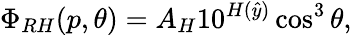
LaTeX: \Phi_{RH}(p,\theta)=A_{H}10^{H(\hat{y})}\cos^{3}\theta,